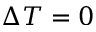
\Delta T = 0